画像に写った文字を読んでください
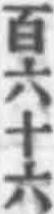
「百六十六」と書いてあります